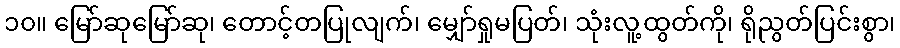
၁၀။ မြော်ဆုမြော်ဆု၊ တောင့်တပြုလျက်၊ မျှော်ရှုမပြတ်၊ သုံးလူ့ထွတ်ကို၊ ရိုညွတ်ပြင်းစွာ၊